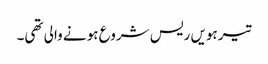
تیرہویں ریس شروع ہونے والی تھی۔